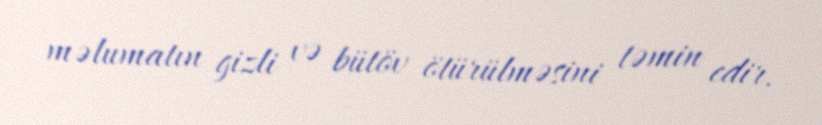
məlumatın gizli və bütöv ötürülməsini təmin edir.